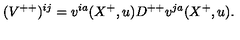
( { V } ^ { + + } ) ^ { i j } = v ^ { i a } ( X ^ { + } , u ) D ^ { + + } v ^ { j a } ( X ^ { + } , u ) .